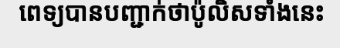
ពេទ្យបានបញ្ជាក់ថាប៉ូលិសទាំងនេះ